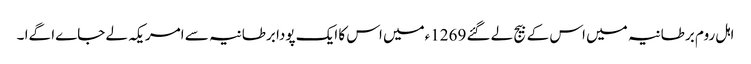
اہل روم برطانیہ میں اس کے بیج لے گئے 1269ءمیں اس کا ایک پودا برطانیہ سے امریکہ لے جاےا گےا ۔